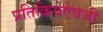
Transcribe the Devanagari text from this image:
प्रतिक्रियेऐवजी